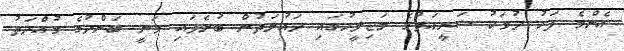
އެންމެ ފަހު ދުވަހު ޝަރީއަތުގެ މަޖިލީހުގައި ދައުލަތުން ބުނެފައި ވަނީ ބަންދުގެ މުއްދަތު